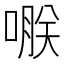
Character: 𠹻